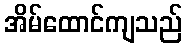
အိမ်ထောင်ကျသည်